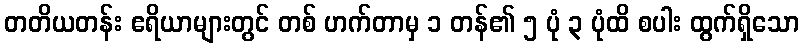
တတိယတန်း ဧရိယာများတွင် တစ် ဟက်တာမှ ၁ တန်၏ ၅ ပုံ ၃ ပုံထိ စပါး ထွက်ရှိသော